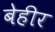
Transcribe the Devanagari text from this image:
बेहीर